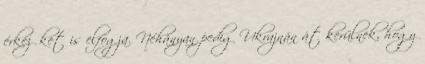
érkezőket is elfogja. Néhányan pedig Ukrajnán át kerülnek, hogy